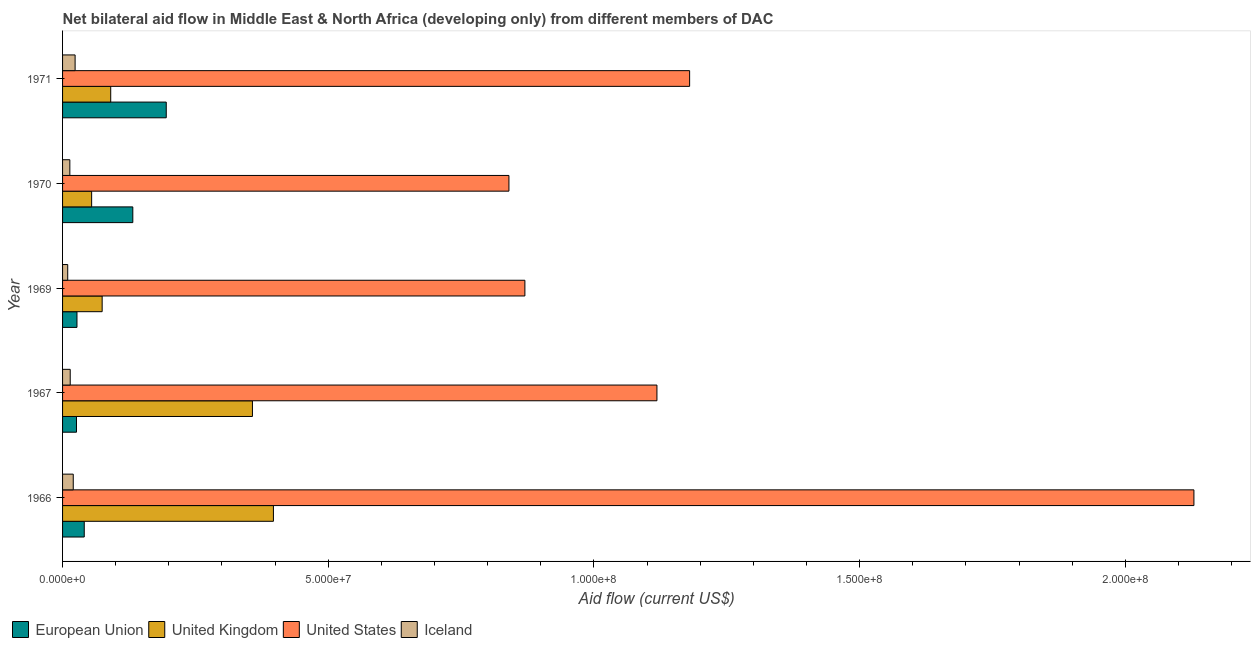
| Year | European Union | United Kingdom | United States | Iceland |
 | --- | --- | --- | --- | --- |
 | 1966 | 4.08e+06 | 3.97e+07 | 2.13e+08 | 2.01e+06 |
 | 1967 | 2.62e+06 | 3.57e+07 | 1.12e+08 | 1.44e+06 |
 | 1969 | 2.71e+06 | 7.45e+06 | 8.7e+07 | 9.7e+05 |
 | 1970 | 1.32e+07 | 5.47e+06 | 8.4e+07 | 1.37e+06 |
 | 1971 | 1.95e+07 | 9.06e+06 | 1.18e+08 | 2.36e+06 |